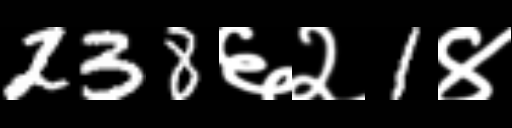
Text: 238६२1४